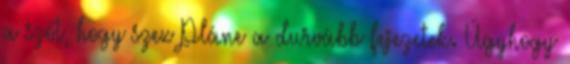
a szót, hogy szex Pláne a durvább fejezetek. Úgyhogy